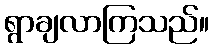
ရွာချလာကြသည်။